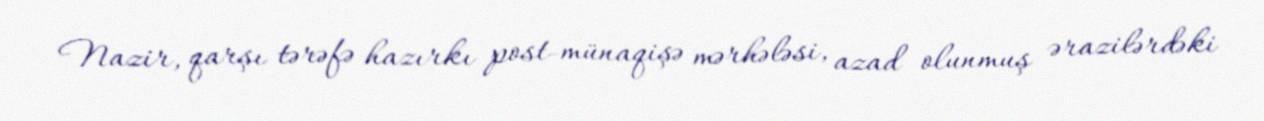
Nazir, qarşı tərəfə hazırkı post-münaqişə mərhələsi, azad olunmuş ərazilərdəki